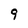
Character: 9